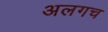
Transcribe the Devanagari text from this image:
अलगच